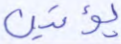
يؤتين